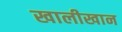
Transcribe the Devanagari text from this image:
खालीखान